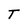
Character: T